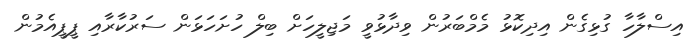
އިސްލާހާ ގުޅިގެން އިދިކޮޅު މެމްބަރުން ވިދާޅުވީ މަޖިލީީހަށް ބިލް ހުށަހަޅަން ސަރުކާރާއި ޕީޕީއެމުން